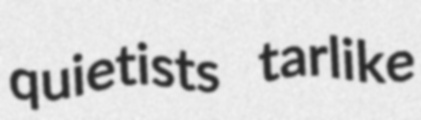
quietists tarlike